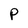
Character: P